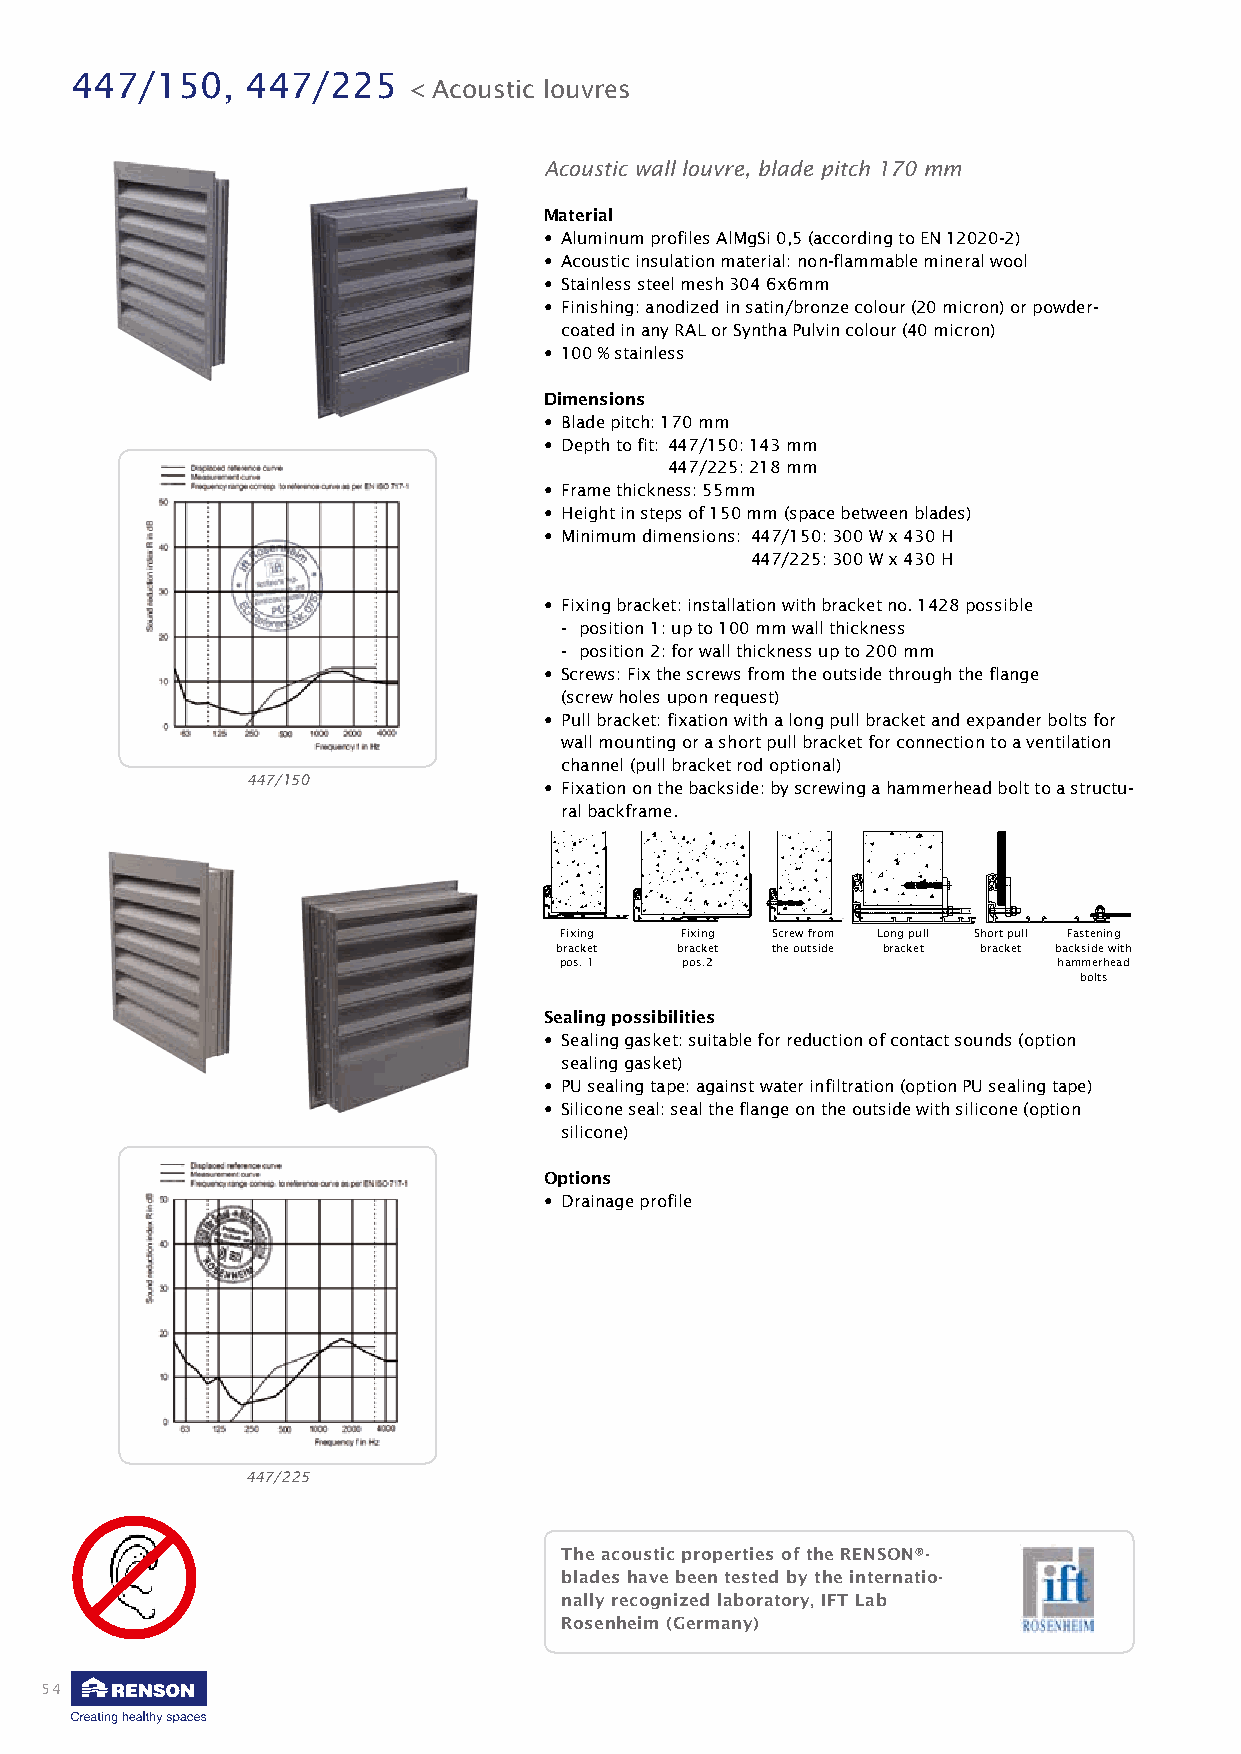
447/150,   447/225
 < Acoustic louvres
 Acoustic wall louvre, blade pitch 170 mm
 Material
 • Aluminum profiles AlMgSi 0,5 (according to EN 12020-2)
 • Acoustic insulation material: non-flammable mineral wool
 • Stainless steel mesh 304 6x6mm
 • Finishing: anodized in satin/bronze colour (20 micron) or powder-
 coated in any RAL or Syntha Pulvin colour (40 micron)
 • 100 % stainless
 Dimensions
 • Blade pitch: 170 mm
 • Depth to fit: 447/150: 143 mm
 447/225: 218 mm
 • Frame thickness: 55mm
 • Height in steps of 150 mm (space between blades)
 • Minimum dimensions: 447/150: 300 W x 430 H
 447/225: 300 W x 430 H
 • Fixing bracket: installation with bracket no. 1428 possible
 - position 1: up to 100 mm wall thickness
 - position 2: for wall thickness up to 200 mm
 • Screws: Fix the screws from the outside through the flange
 (screw holes upon request)
 • Pull bracket: fixation with a long pull bracket and expander bolts for
 wall mounting or a short pull bracket for connection to a ventilation
 channel (pull bracket rod optional)
 447/150
 • Fixation on the backside: by screwing a hammerhead bolt to a structu-
 ral backframe.
 Fixing  Fixing Screw from Long pull Short pull Fastening
 bracket bracket the outside bracket bracket backside with
 pos. 1  pos.2                    hammerhead
 bolts
 Sealing possibilities
 • Sealing gasket: suitable for reduction of contact sounds (option
 sealing gasket)
 • PU sealing tape: against water infiltration (option PU sealing tape)
 • Silicone seal: seal the flange on the outside with silicone (option
 silicone)
 Options
 • Drainage profile
 447/225
 The acoustic properties of the RENSON®-
 blades have been tested by the internatio-
 nally recog nized laboratory, IFT Lab
 R osenheim (Germany)
 54